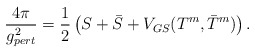
\begin{align*}{{4\pi}\over{g^2_{pert}}}={1\over 2}\left(S+\bar{S}+V_{GS}(T^m,\bar{T}^m)\right). \end{align*}